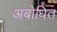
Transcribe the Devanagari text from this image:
अबोधित